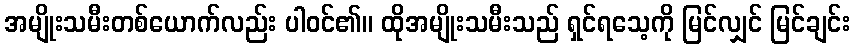
အမျိုးသမီးတစ်ယောက်လည်း ပါဝင်၏။ ထိုအမျိုးသမီးသည် ရှင်ရသေ့ကို မြင်လျှင် မြင်ချင်း